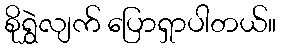
စိုရွှဲလျက် ပြောရှာပါတယ်။